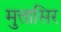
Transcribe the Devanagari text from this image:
मुत्तासिर